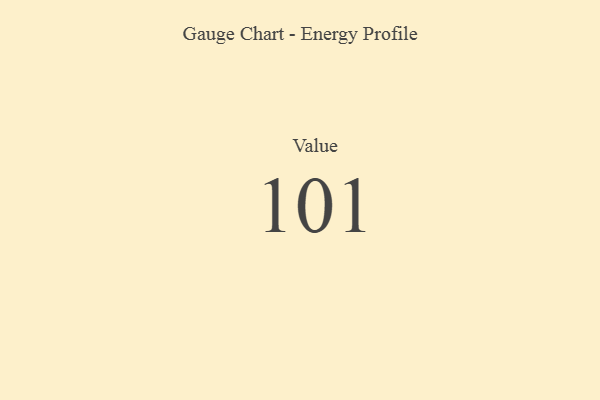
{"axis": {"x": "Metric", "y": "Value"}, "legend": [""], "data": [{"x": "Value", "y": 101, "type": ""}]}